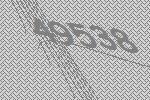
49538